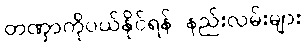
တဏှာကိုပယ်နိုင်ရန် နည်းလမ်းများ